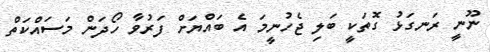
ނޫނީ ރަނގަޅު ގޮތަކީ ބަލި ޖެހުނީމަ އެ ބައްޔަށް ފަރުވާ ހޯދަން މަސައްކަތް